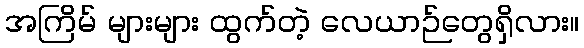
အကြိမ် များများ ထွက်တဲ့ လေယာဉ်တွေရှိလား။